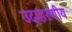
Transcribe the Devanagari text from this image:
उदाहरणीय